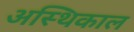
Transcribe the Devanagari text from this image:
अस्थिकाल